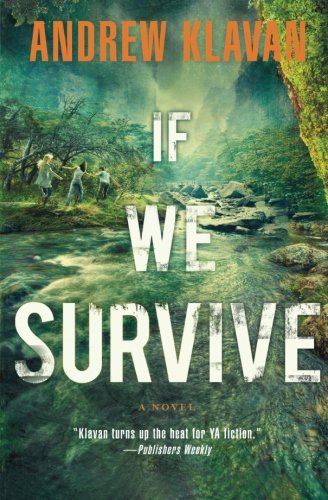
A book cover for If We Survive; Andrew Klavan; Teen & Young Adult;